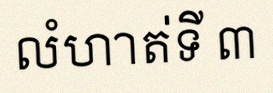
លំហាត់ទី ៣